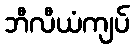
ဘီလီယံကျပ်